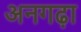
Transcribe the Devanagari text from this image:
अनगढ़ा